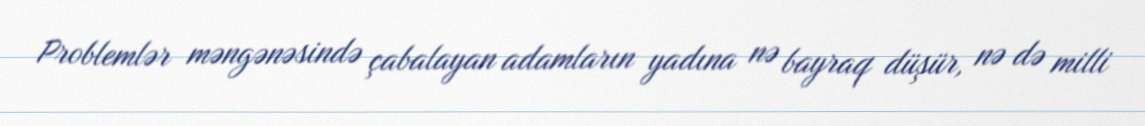
Problemlər məngənəsində çabalayan adamların yadına nə bayraq düşür, nə də milli